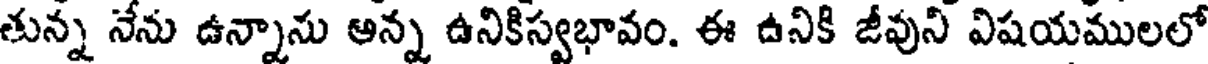
తున్న నేను ఉన్నాను అన్న ఉనికిస్వభావం. ఈ ఉనికి జీవుని విషయములలో